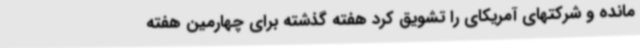
مانده و شرکتهای آمریکای را تشویق کرد هفته گذشته برای چهارمین هفته